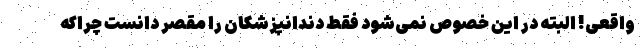
واقعی! البته در این خصوص نمی‌شود فقط دندانپزشکان را مقصر دانست چراکه